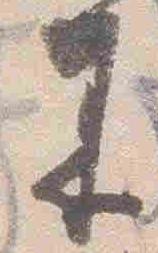
来